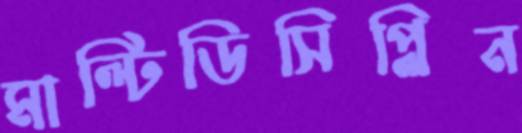
মাল্টিডিসিপ্লিন